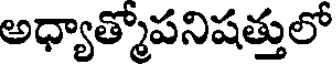
అధ్యాత్మోపనిషత్తులో